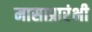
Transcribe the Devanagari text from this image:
मासाप्रारंभी